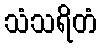
သံသရိတံ